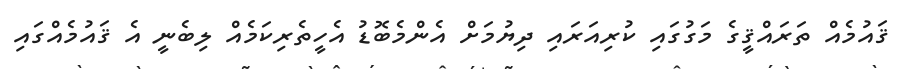
ޤައުމެއް ތަރައްޤީގެ މަގުގައި ކުރިއަރައި ދިޔުމަށް އެންމެބޮޑު އެހީތެރިކަމެއް ލިބެނީ އެ ޤައުމެއްގައި